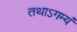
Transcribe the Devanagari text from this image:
तथाऽगम्यं